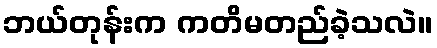
ဘယ်တုန်းက ကတိမတည်ခဲ့သလဲ။